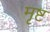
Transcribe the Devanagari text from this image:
मृष्ट